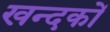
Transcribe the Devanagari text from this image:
खन्दकों